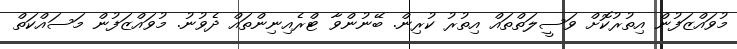
މުވައްޒަފުން އިތުރުކޮށް ވަސީލަތްތައް އިތުރު ކުރިން. ބޭނުންވާ ޓްރެއިނިންތައް ދެވުނު. މުވައްޒަފުން މަސައްކަތް